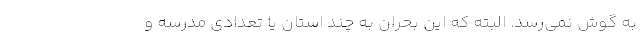
به گوش نمی‌رسد. البته که این بحران به چند استان یا تعدادی مدرسه و